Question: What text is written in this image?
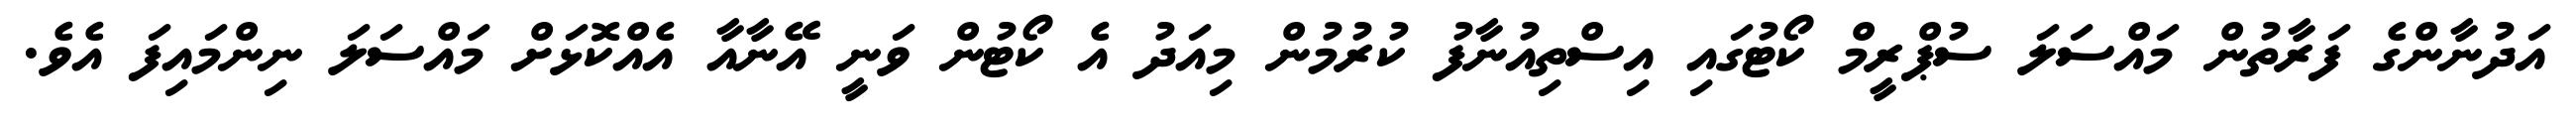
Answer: އަދުނާންގެ ފަރާތުން މައްސަލަ ސުޕްރީމް ކޯޓުގައި އިސްތިއުނާފު ކުރުމުން މިއަދު އެ ކޯޓުން ވަނީ އޭނާއާ އެއްކޮޅަށް މައްސަލަ ނިންމައިފަ އެވެ.